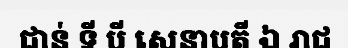
ជាន់ ទី បី សេនាបតី ឯ រាជ